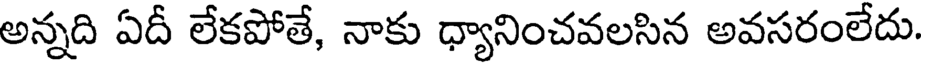
అన్నది ఏదీ లేకపోతే, నాకు ధ్యానించవలసిన అవసరంలేదు.